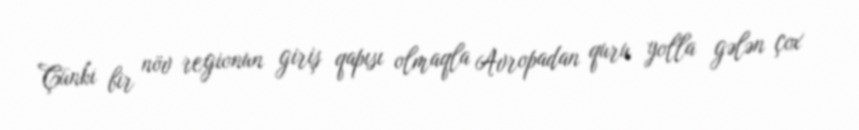
Çünki bir növ regionun giriş qapısı olmaqla Avropadan quru yolla gələn çox